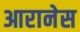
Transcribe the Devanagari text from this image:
आरानेस